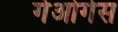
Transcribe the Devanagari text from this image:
गेओर्गेस